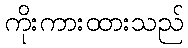
ကိုးကားထားသည်